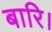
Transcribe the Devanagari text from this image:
बारि।